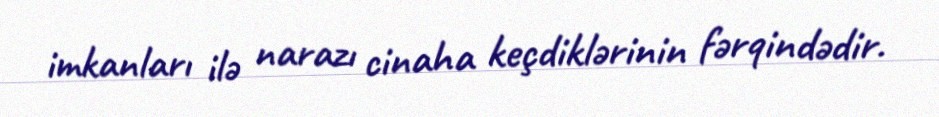
imkanları ilə narazı cinaha keçdiklərinin fərqindədir.